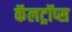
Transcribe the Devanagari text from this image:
कॅलट्रॉप्स